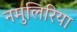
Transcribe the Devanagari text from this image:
नमुलिरिया